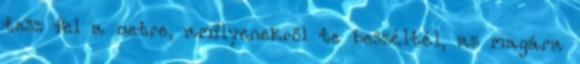
tesz fel a netre, amilyenekről te beszéltél, az magára